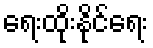
ရေးထိုးနိုင်ရေး